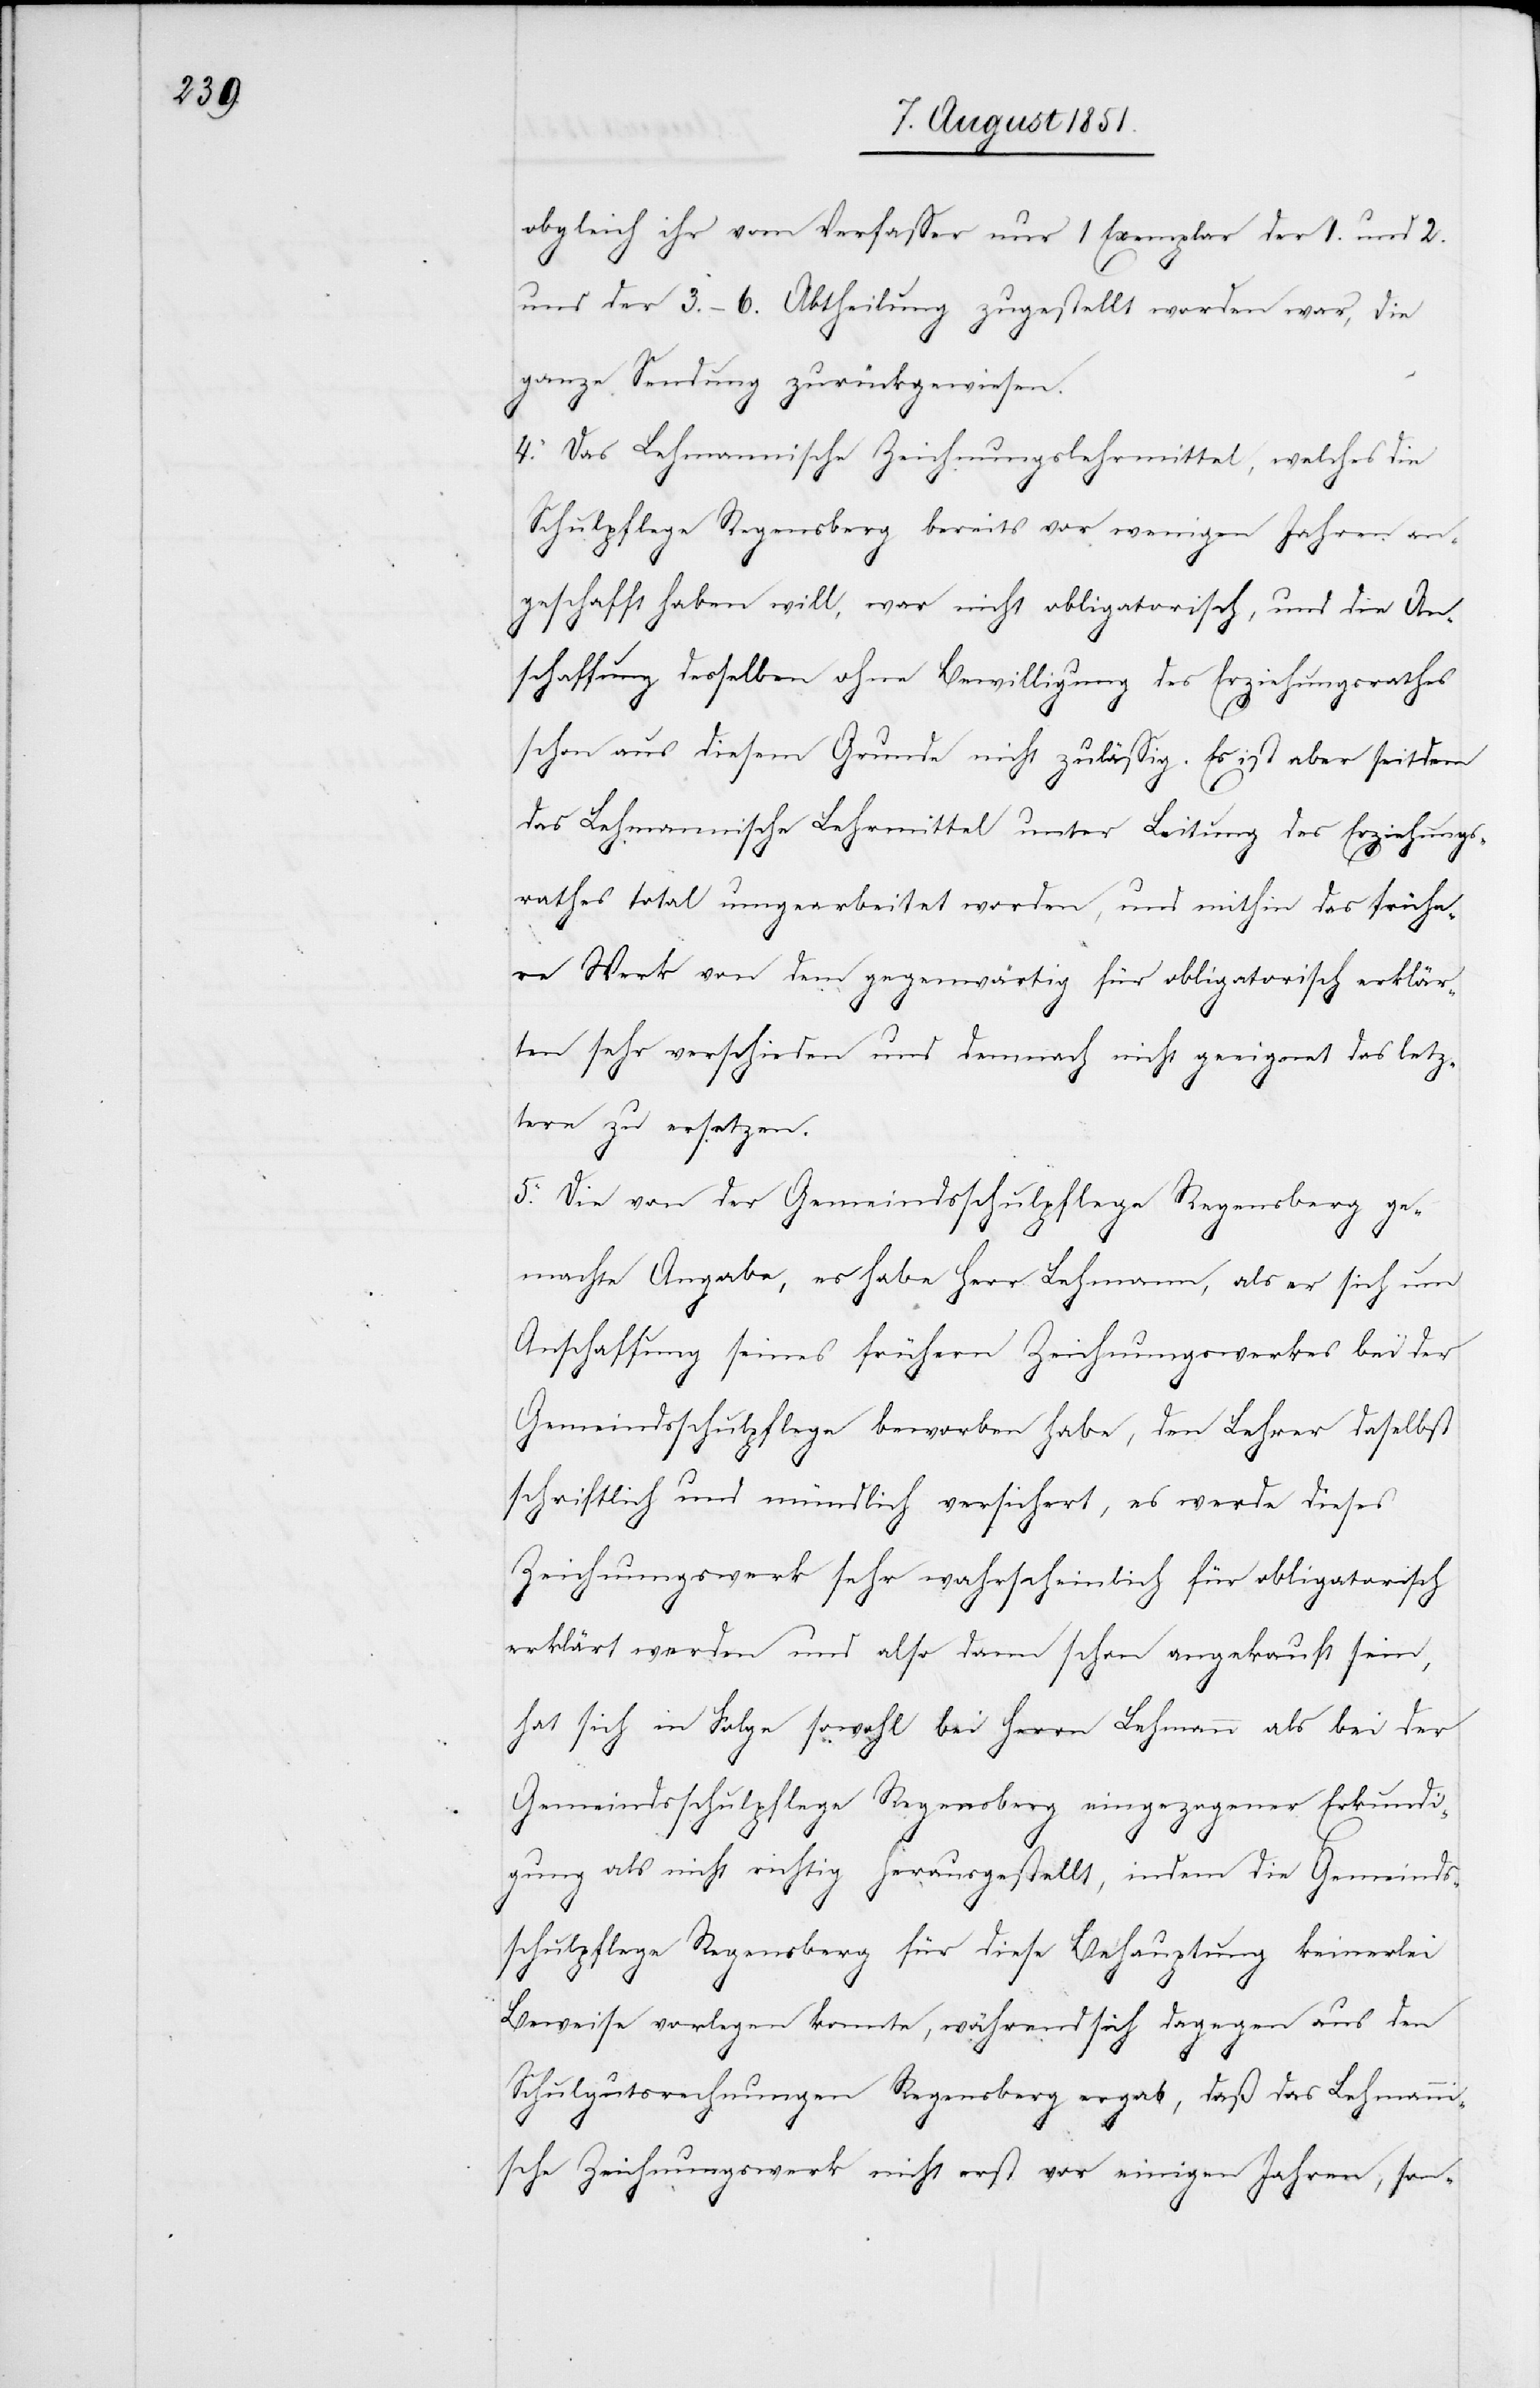
obgleich ihr vom Verfasser nur 1 Exemplar der 1. und 2.
und der 3.–6. Abtheilung zugestellt worden war, die
ganze Sendung zurückgewiesen.
4. Das Lehmannische Zeichnungslehrmittel, welches die
Schulpflege Regensberg bereits vor wenigen Jahren an¬
geschafft haben will, war nicht obligatorisch, und die An¬
schaffung desselben ohne Bewilligung des Erziehungsrathes
schon aus diesem Grunde nicht zulässig. Es ist aber seitdem
das Lehmannische Lehrmittel unter Leitung des Erziehungs¬
rathes total umgearbeitet worden, und mithin das frühe¬
re Werk von dem gegenwärtig für obligatorisch erklär¬
ten sehr verschieden und demnach nicht geeignet das letz¬
tere zu ersetzen.
5. Die von der Gemeindsschulpflege Regensberg ge¬
machte Angabe, es habe Herr Lehmann, als er sich um
Anschaffung seines frühern Zeichnungswerkes bei der
Gemeindsschulpflege beworben habe, den Lehrer daselbst
schriftlich und mündlich versichert, es werde dieses
Zeichnungswerk sehr wahrscheinlich für obligatorisch
erklärt werden und also dann schon angekauft sein,
hat sich in Folge sowohl bei Herrn Lehmann als bei der
Gemeindsschulpflege Regensberg eingezogener Erkundi¬
gung als nicht richtig herausgestellt, indem die Gemeinds¬
schulpflege Regensberg für diese Behauptung keinerlei
Beweise vorlegen konnte, während sich dagegen aus den
Schulgutsrechnungen Regensberg ergab, daß das Lehmanni¬
sche Zeichnungswerk nicht erst vor einigen Jahren, son-